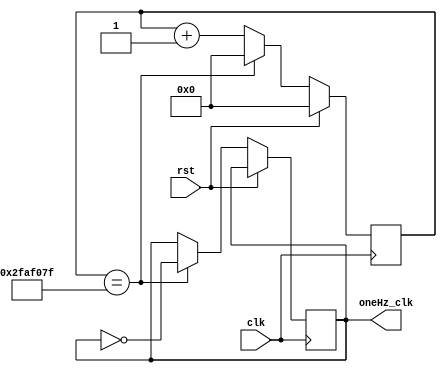
`timescale 1us / 1ns

//module Divider(
//    input clk,
//	input rst,
//    output reg oneHz_enable
//    );
	 
//	 localparam [24:0] hz_constant = 25'd10;
//	 reg [24:0]counter = hz_constant;
//	 always@(posedge clk)
//		begin
//			if (rst) counter = hz_constant;
//			else begin
//				counter = counter - 1;
//				oneHz_enable = (counter == 0);
//				if (!counter) counter = hz_constant;
//			end
//		end

//endmodule
//module Divider(
//    input clk,
//    input rst,
//    output reg oneHz_enable
//    );

//    reg [27:0] counter = 0;
//    initial begin
//        oneHz_enable = 1;
//    end
//    always @(posedge clk) begin
//        counter = counter +1;
//        if (counter == 500000000) begin
//            oneHz_enable = ~oneHz_enable;
//            counter = 0;
//        end
//        if (rst) counter=0;
//    end

//endmodule

module Divider(
    input clk,
    input rst,
    output reg oneHz_clk
    );
    parameter MAX_COUNT = 50_000_000 - 1;
    reg [27:0] counter_100M;
    initial begin
        oneHz_clk = 1;
    end
    //assign an = 6'b1110;
    always @(posedge clk) begin
    if (rst) counter_100M <= 0;
    else if  (counter_100M == MAX_COUNT) begin
        counter_100M <= 0;
        oneHz_clk = ~ oneHz_clk;
        end
    else begin
        counter_100M <= counter_100M + 1'b1;
        end
    end
endmodule